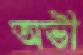
অভী